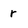
Character: r